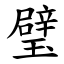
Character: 璧